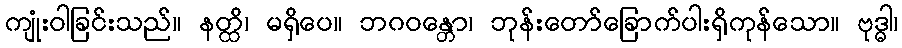
ကျုံးဝါခြင်းသည်။ နတ္ထိ၊ မရှိပေ။ ဘဂဝန္တော၊ ဘုန်းတော်ခြောက်ပါးရှိကုန်သော။ ဗုဒ္ဓါ၊